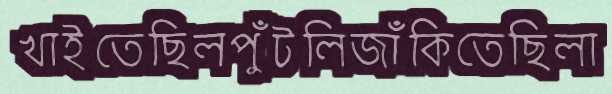
খাইতেছিলপুঁটলিজাঁকিতেছিলা